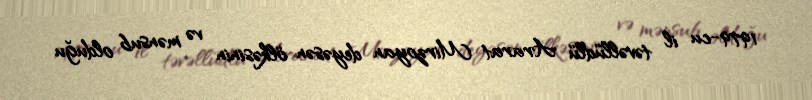
1979-cu il təvəllüdlü Ararat Mirzoyan deyəsən ölkəsinin və mənsub olduğu